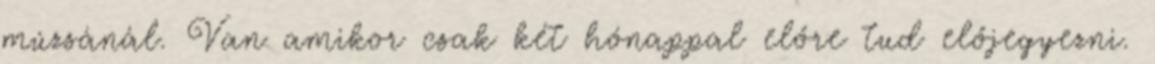
múzsánál. Van amikor csak két hónappal előre tud előjegyezni.